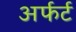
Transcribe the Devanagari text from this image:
अर्फर्ट